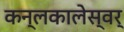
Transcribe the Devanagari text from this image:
कन्लकालेस्वर्